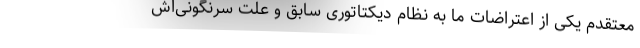
معتقدم یکی از اعتراضات ما به نظام دیکتاتوری سابق و علت سرنگونی‌اش